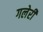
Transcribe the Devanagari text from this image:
गलेरी